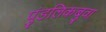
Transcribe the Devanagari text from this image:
पुंडलिकबुवा